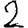
Digit: 2